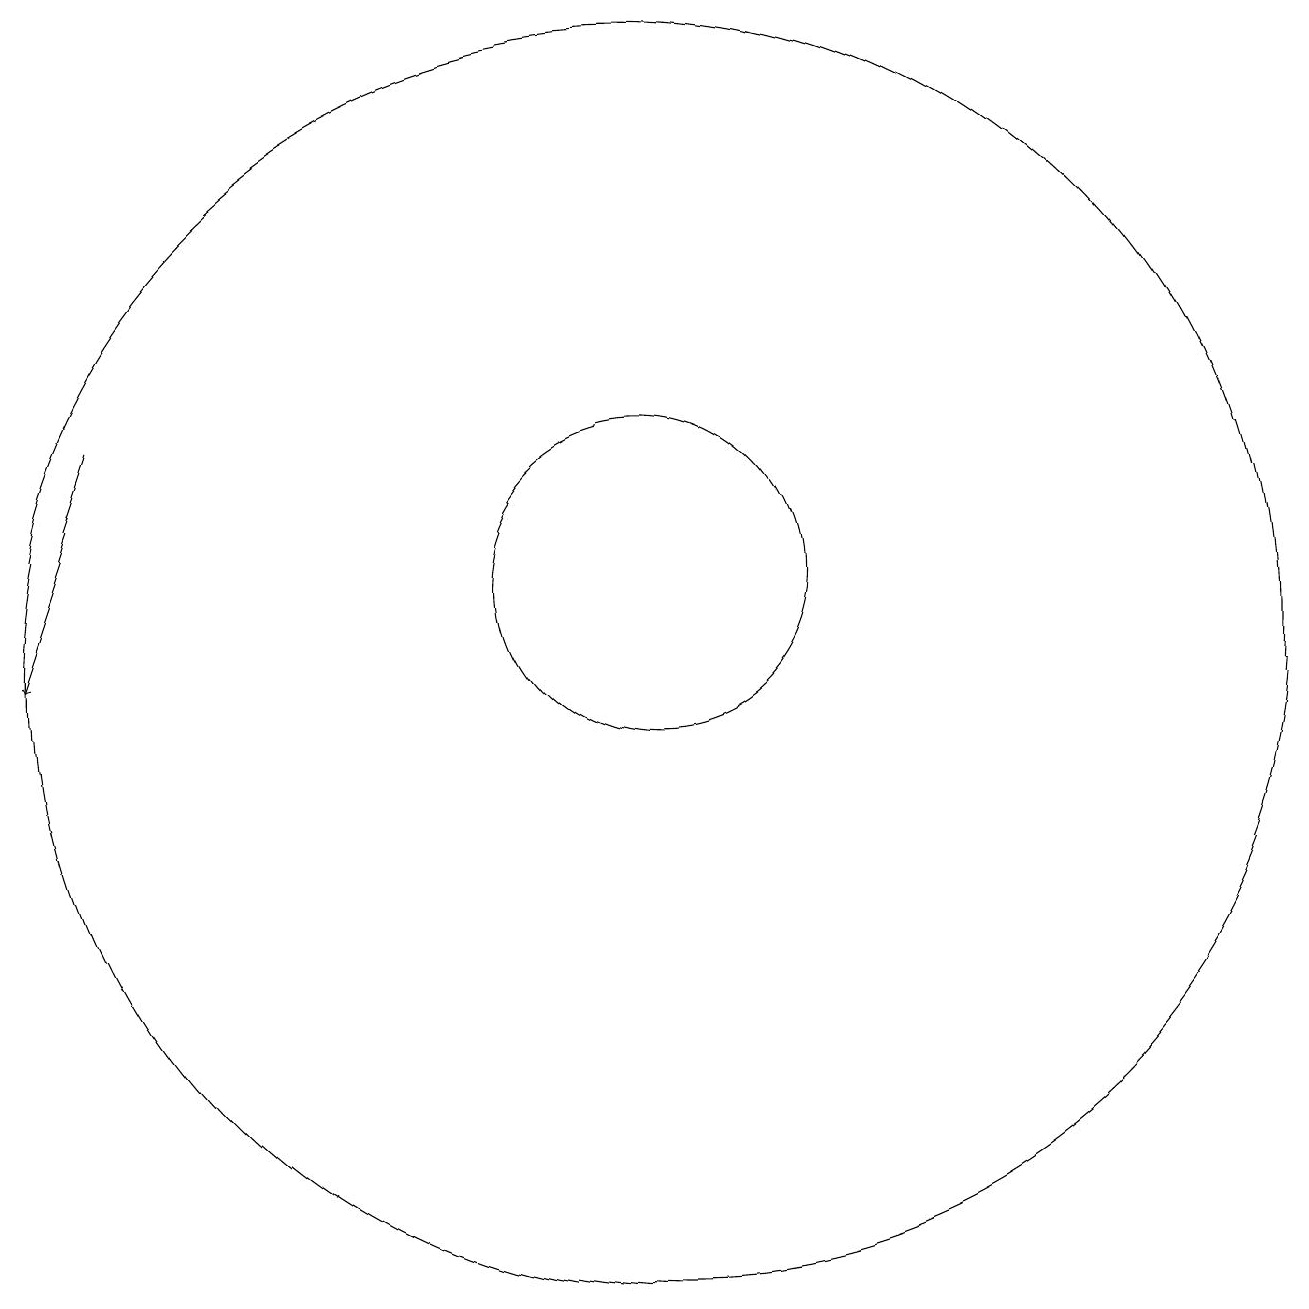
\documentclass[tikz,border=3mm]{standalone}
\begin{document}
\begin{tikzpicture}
\draw (10,11) circle (2);
\draw (10,10) circle (8);
\draw[->] (3,13) -- (2,10);
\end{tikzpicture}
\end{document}